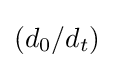
(d_{0}/d_{t})